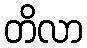
တိလာ